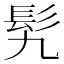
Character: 𩫴